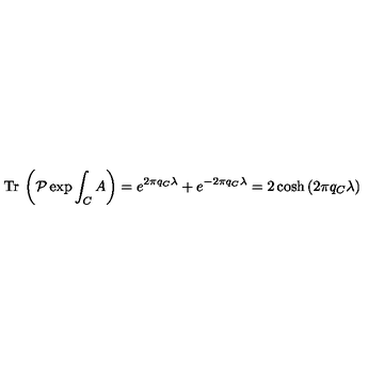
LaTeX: { \mathrm { T r } } \: \left( \mathcal { P } \exp { \int _ { C } A } \right) = e ^ { 2 \pi q _ { C } \lambda } + e ^ { - 2 \pi q _ { C } \lambda } = 2 \cosh { ( 2 \pi q _ { C } \lambda ) }